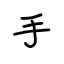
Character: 手